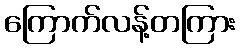
ကြောက်လန့်တကြား